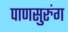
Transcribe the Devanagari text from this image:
पाणसुरुंग